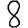
Digit: 8